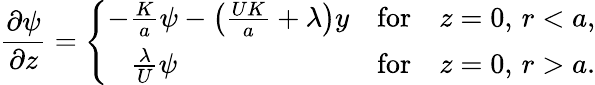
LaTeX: \frac{\partial\psi}{\partial z}=\left\{ \begin{array}{ll}{-\frac{K}{a}\psi-\left(\frac{UK}{a}+\lambda\right)y}&{\textrm{for}\quad z=0,\, r<a,}\\ {\; \; \; \frac{\lambda}{U}\psi}&{\textrm{for}\quad z=0,\, r>a.}\end{array}\right.